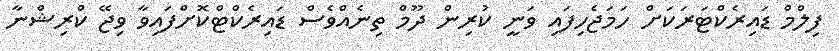
ފިލްމް ޑައިރެކްޓަރަކަށް ހަމަޖެހިފައި ވަނީ ކުރިން ދޫމް ތިނެއްވެސް ޑައިރެކްޓްކޮށްފައިވާ ވިޖޭ ކްރިޝްނާ